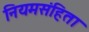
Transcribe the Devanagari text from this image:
नियमसंहिता